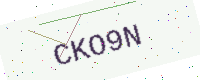
Text: CKO9N